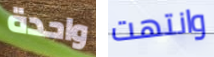
واحدة وانتهت